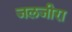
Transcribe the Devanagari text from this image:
जलजीरा